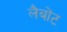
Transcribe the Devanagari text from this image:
लैबोंट